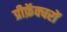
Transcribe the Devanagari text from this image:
प्रीफ़ॅक्चरों